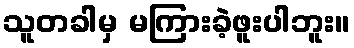
သူတခါမှ မကြားခဲ့ဖူးပါဘူး။